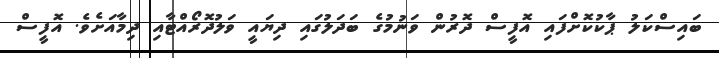
ބައިސްކަލު ޕާކުކޮށްފައި އޮފީސް ދޮރުން ވަނުމުގެ ބަދަލުގައި ދިޔައީ ވަލުދޮރޯއްޓާއި ދިމާއަށެވެ. އޮފީސް